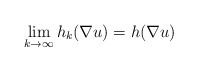
\begin{align*}\lim_{k \to \infty} h_k(\nabla u) = h(\nabla u) \end{align*}